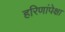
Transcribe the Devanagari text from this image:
हरिणांपेक्षा